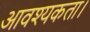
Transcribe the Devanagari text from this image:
आवश्‍यकता।